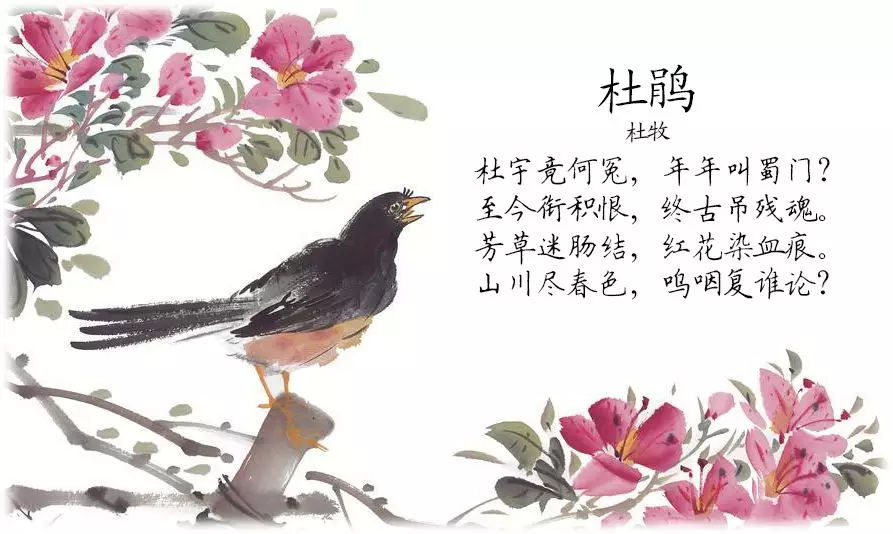
庄生晓梦迷蝴蝶，望帝春心托杜鹃。